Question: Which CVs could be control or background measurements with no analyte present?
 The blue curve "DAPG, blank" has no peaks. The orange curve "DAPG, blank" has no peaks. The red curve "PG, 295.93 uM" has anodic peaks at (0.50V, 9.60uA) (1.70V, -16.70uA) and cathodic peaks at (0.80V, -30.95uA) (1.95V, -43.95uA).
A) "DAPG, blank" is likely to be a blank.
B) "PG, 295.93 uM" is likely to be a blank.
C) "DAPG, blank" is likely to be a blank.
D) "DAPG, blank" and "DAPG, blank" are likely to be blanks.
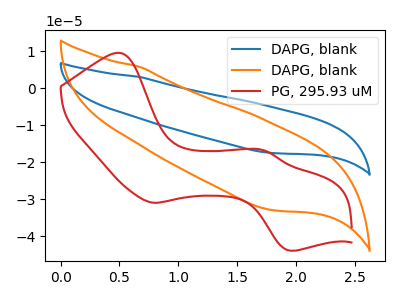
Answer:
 <answer>D) "DAPG, blank" and "DAPG, blank" are likely to be blanks.</answer>
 <eval>D</eval>